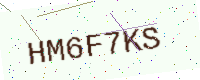
Text: HM6F7KS